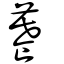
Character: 𦿉